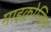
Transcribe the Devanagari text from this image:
माइक्रोजिल